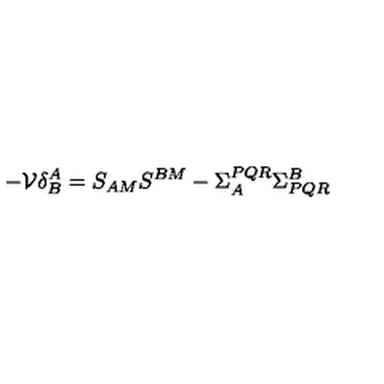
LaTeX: - { \cal V } \delta _ { B } ^ { A } = S _ { A M } S ^ { B M } - \Sigma _ { A } ^ { P Q R } \Sigma _ { P Q R } ^ { B }